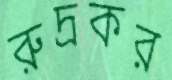
রুদ্রকর